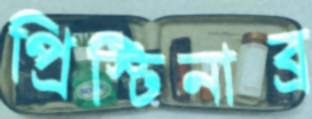
প্রিস্টিনাব্র